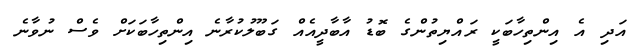
އަދި އެ އިންތިހާބަކީ ރައްޔިތުންގެ ބޮޑު އާބާދީއެއް ގަބޫލުކުރާނެ އިންތިހާބަކަށް ވެސް ނުވާނެ